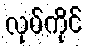
လုပ်ကိုင်